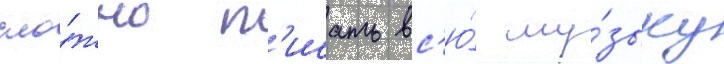
сло́жно п'исать вс'ю́ му́зыку